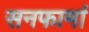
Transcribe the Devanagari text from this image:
सनफार्मा